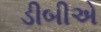
ડીબીએ